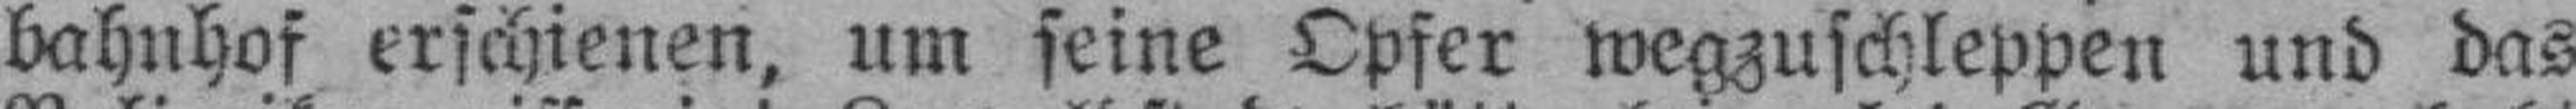
bahnhof erschienen, um seine Opfer wegzuschleppen und das